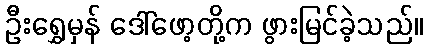
ဦးရွှေမှန် ဒေါ်ဖော့တို့က ဖွားမြင်ခဲ့သည်။